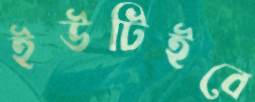
ইউটিইবে